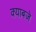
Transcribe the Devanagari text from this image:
क्याबजे